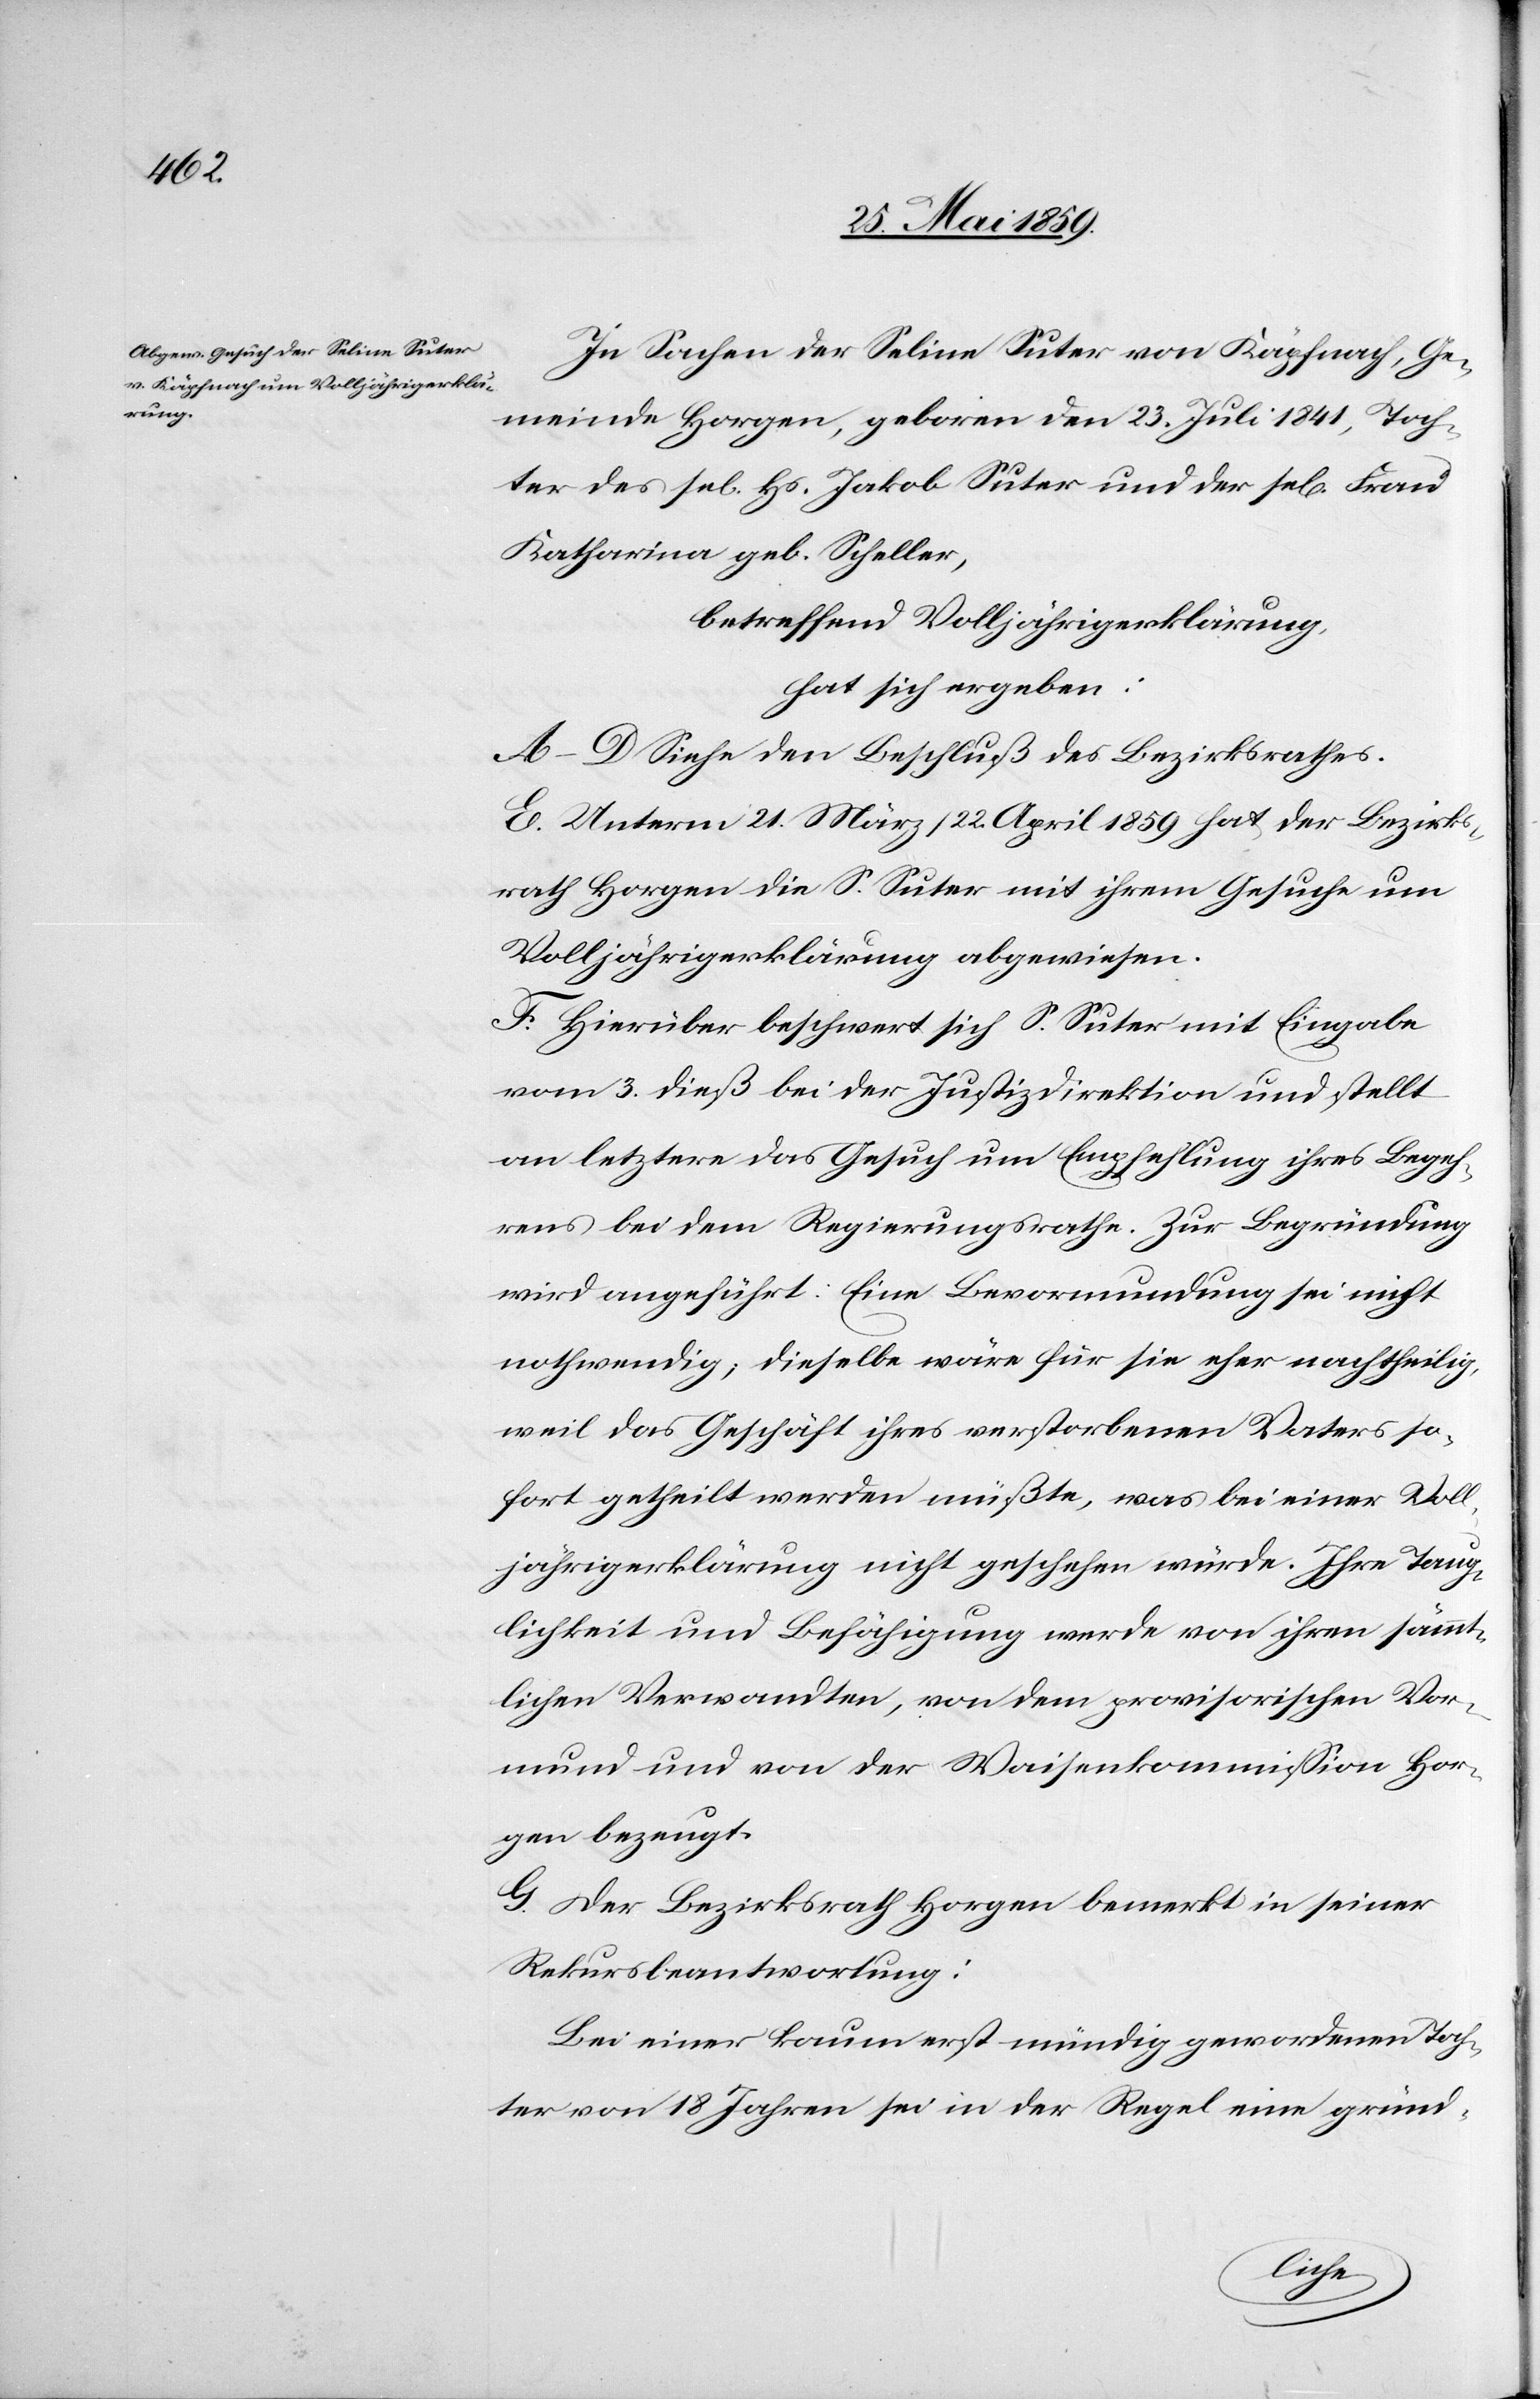
In Sachen der Seline Suter von Käpfnach, Ge¬
meinde Horgen, geboren den 23. Juli 1841, Toch¬
ter des sel. Hs. Jakob Suter und der sel. Frau
Katharina geb. Scheller,
betreffend Volljährigerklärung,
hat sich ergeben:
A – D Siehe den Beschluß des Bezirksrathes.
E. Unterm 21. März / 22. April 1859 hat der Bezirks¬
rath Horgen die S. Suter mit ihrem Gesuche um
Volljährigerklärung abgewiesen.
F. Hierüber beschwert sich S. Suter mit Eingabe
vom 3. dieß bei der Justizdirektion und stellt
an letztere das Gesuch um Empfehlung ihres Begeh¬
rens bei dem Regierungsrathe. Zur Begründung
wird angeführt: Eine Bevormundung sei nicht
nothwendig, dieselbe wäre für sie eher nachtheilig,
weil das Geschäft ihres verstorbenen Vaters so¬
fort getheilt werden müßte, was bei einer Voll¬
jährigerklärung nicht geschehen würde. Ihre Taug¬
lichkeit und Befähigung werde von ihren sämmt¬
lichen Verwandten, von dem provisorischen Vor¬
mund und von der Waisenkommission Hor¬
gen bezeugt.
G. Der Bezirksrath Horgen bemerkt in seiner
Rekursbeantwortung:
Bei einer kaum erst mündig gewordenen Toch¬
ter von 18 Jahren sei in der Regel eine gründ-